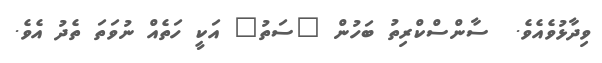
ވިދާޅުވެއެވެ.  ސާންސްކްރިތު ބަހުން "ސަތު" އަކީ ހަތެއް ނުވަތަ ތެދު އެވެ.